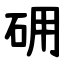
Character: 砽